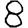
Digit: 8